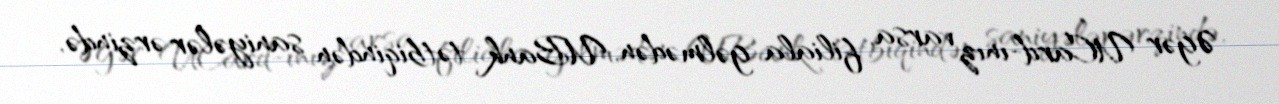
Əgər UCard-ınız varsa, filiala gəlmədən, UBank tətbiqindən saniyələr ərzində,